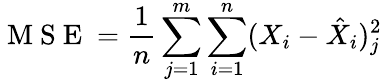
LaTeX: \mathrm{~M~S~E~}=\frac{1}{n}\sum_{j=1}^{m}\sum_{i=1}^{n}(X_{i}-\hat{X}_{i})_{j}^{2}